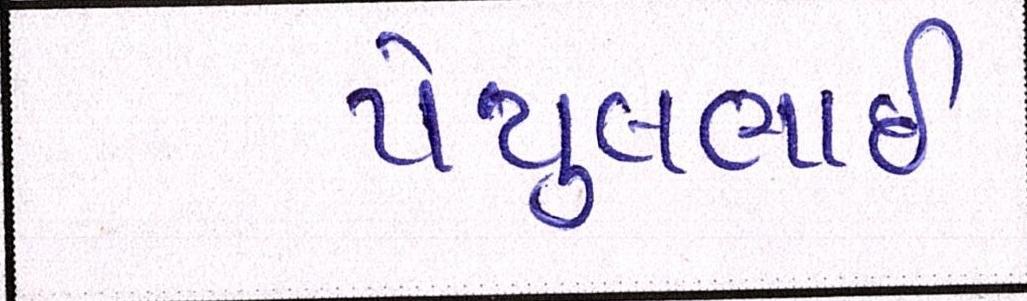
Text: પેયુલભાઈ